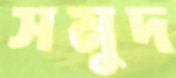
সমুদ